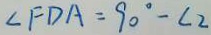
\angle F D A = 9 0 ^ { \circ } - \angle 2